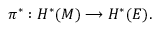
\pi ^ { * } : H ^ { * } ( M ) \longrightarrow H ^ { * } ( E ) .